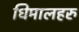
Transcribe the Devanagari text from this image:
धिमालहरु